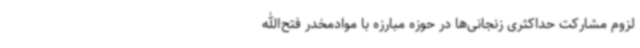
لزوم مشارکت حداکثری زنجانی‌ها در حوزه مبارزه با موادمخدر فتح‌الله